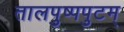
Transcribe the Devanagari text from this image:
तालपुष्पपुटम्